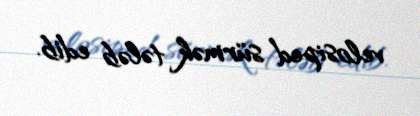
velosiped sürmək tələb edib.